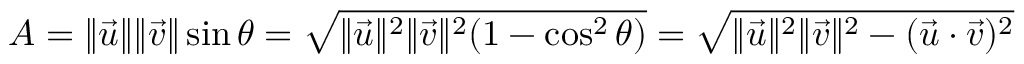
A = \| { \vec { u } } \| \| { \vec { v } } \| \sin \theta = { \sqrt { \| { \vec { u } } \| ^ { 2 } \| { \vec { v } } \| ^ { 2 } ( 1 - \cos ^ { 2 } \theta ) } } = { \sqrt { \| { \vec { u } } \| ^ { 2 } \| { \vec { v } } \| ^ { 2 } - ( { \vec { u } } \cdot { \vec { v } } ) ^ { 2 } } }